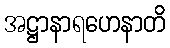
အဋ္ဌာနာရဟေနာတိ